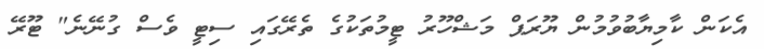
އެކަން ކާމިޔާބުވުމުން ޔޫރަޕް މަޝްހޫރު ޓީމުތަކުގެ ތެރޭގައި ސިޓީ ވެސް ގުނޭނެ" ޓޫރޭ